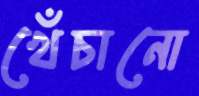
খেঁচানো